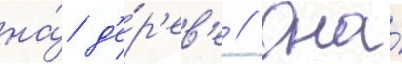
на́ д'е́р'ев'е // Она́